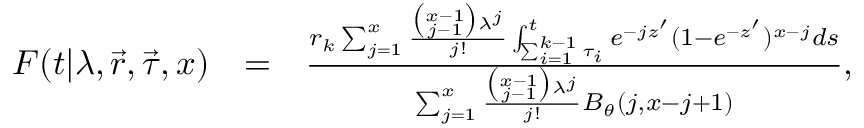
\begin{array} { r l r } { F ( t | \lambda , \vec { r } , \vec { \tau } , x ) } & { = } & { \frac { r _ { k } \sum _ { j = 1 } ^ { x } \frac { \binom { x - 1 } { j - 1 } \lambda ^ { j } } { j ! } \int _ { \sum _ { i = 1 } ^ { k - 1 } \tau _ { i } } ^ { t } e ^ { - j z ^ { \prime } } ( 1 - e ^ { - z ^ { \prime } } ) ^ { x - j } d s } { \sum _ { j = 1 } ^ { x } \frac { \binom { x - 1 } { j - 1 } \lambda ^ { j } } { j ! } B _ { \theta } ( j , x - j + 1 ) } , } \end{array}